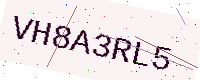
Text: VH8A3RL5